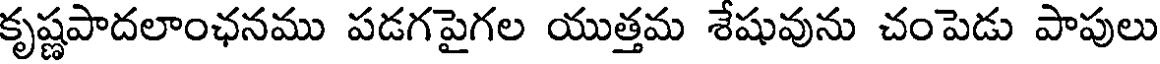
కృష్ణపాదలాంఛనము పడగపైగల యుత్తమ శేషువును చంపెడు పాపులు